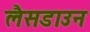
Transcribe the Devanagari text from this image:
लैसडाउन